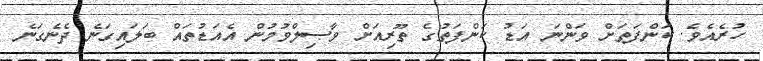
ހުރެއެވެ. ކަންފަތަށް ވަންނަ އަޑު ކަންފަތުގެ ތޫރިއަށް ވާޞިލްވުމުން އެއަޑުތައް ބަލައިގަނެ ދެނެގަނެ